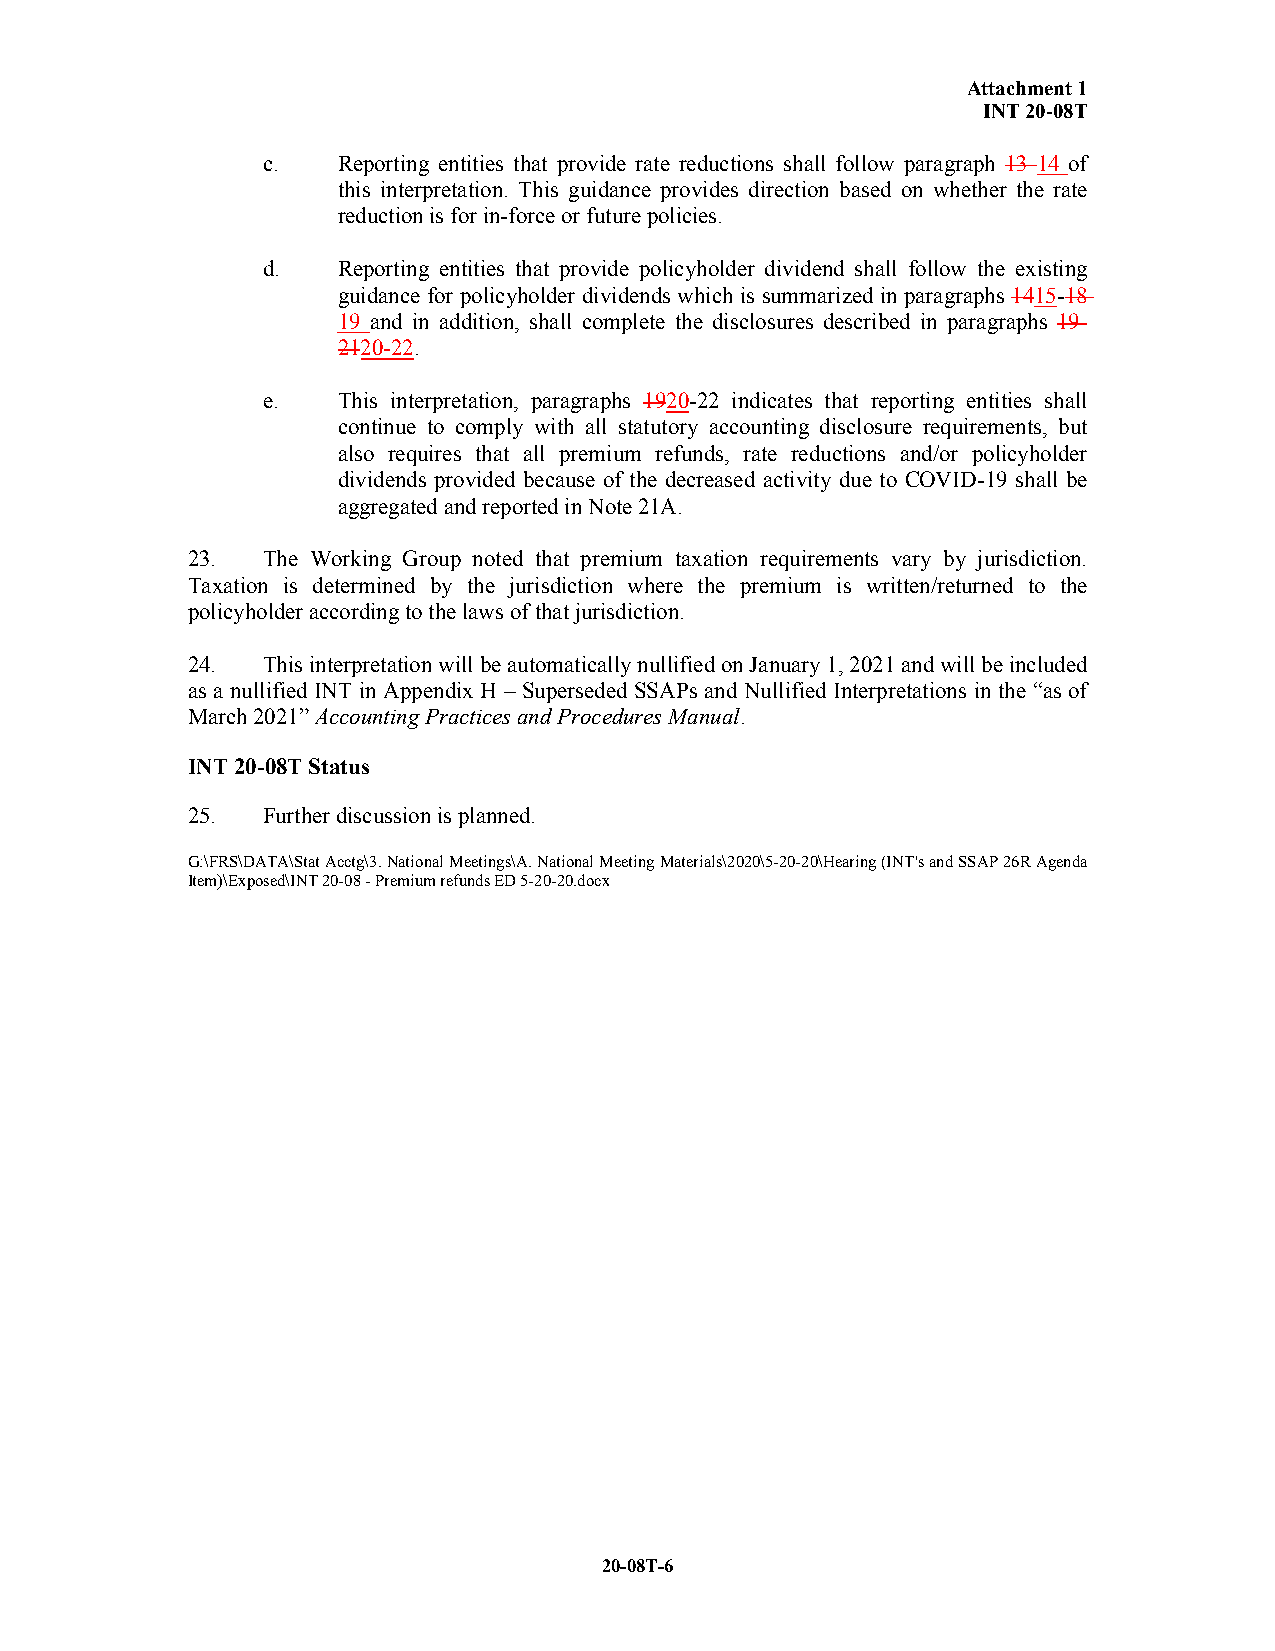
Attachment 1
 INT 20-08T
 c.   Reporting entities that provide rate reductions shall follow paragraph 13 14 of
 this interpretation. This guidance provides direction based on whether the rate
 reduction is for in-force or future policies.
 d.   Reporting entities that provide policyholder dividend shall follow the existing
 guidance for policyholder dividends which is summarized in paragraphs 1415-18
 19 and in addition, shall complete the disclosures described in paragraphs 19-
 2120-22.
 e.   This interpretation, paragraphs 1920-22 indicates that reporting entities shall
 continue to comply with all statutory accounting disclosure requirements, but
 also requires that all premium refunds, rate reductions and/or policyholder
 dividends provided because of the decreased activity due to COVID-19 shall be
 aggregated and reported in Note 21A.
 23.  The Working Group noted that premium taxation requirements vary by jurisdiction.
 Taxation is determined by the jurisdiction where the premium is written/returned to the
 policyholder according to the laws of that jurisdiction.
 24.  This interpretation will be automatically nullified on January 1, 2021 and will be included
 as a nullified INT in Appendix H – Superseded SSAPs and Nullified Interpretations in the “as of
 March 2021” Accounting Practices and Procedures Manual.
 INT 20-08T Status
 25.  Further discussion is planned.
 G:\FRS\DATA\Stat Acctg\3. National Meetings\A. National Meeting Materials\2020\5-20-20\Hearing (INT's and SSAP 26R Agenda
 Item)\Exposed\INT 20-08 - Premium refunds ED 5-20-20.docx
 20-08T-6